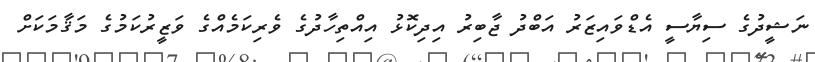
ނަޝީދުގެ ސިޔާސީ އެޑްވައިޒަރު އަބްދު ޖާބިރު އިދިކޮޅު އިއްތިހާދުގެ ވެރިކަމެއްގެ ވަޒީރުކަމުގެ މަޤާމަކަށް